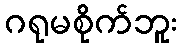
ဂရုမစိုက်ဘူး